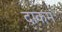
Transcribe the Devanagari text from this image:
दाकम